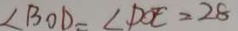
\angle B O D = \angle D O E = 2 8